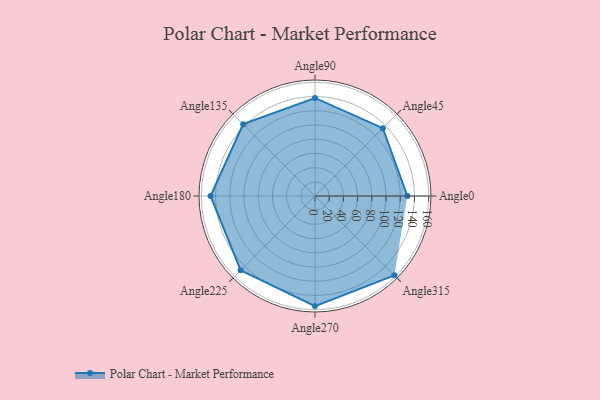
{"axis": {"x": "Angle", "y": "Radius"}, "legend": [""], "data": [{"x": "Angle0", "y": 130.0, "type": ""}, {"x": "Angle45", "y": 135.0, "type": ""}, {"x": "Angle90", "y": 138.0, "type": ""}, {"x": "Angle135", "y": 143.0, "type": ""}, {"x": "Angle180", "y": 147.0, "type": ""}, {"x": "Angle225", "y": 148.0, "type": ""}, {"x": "Angle270", "y": 155.0, "type": ""}, {"x": "Angle315", "y": 158.0, "type": ""}]}